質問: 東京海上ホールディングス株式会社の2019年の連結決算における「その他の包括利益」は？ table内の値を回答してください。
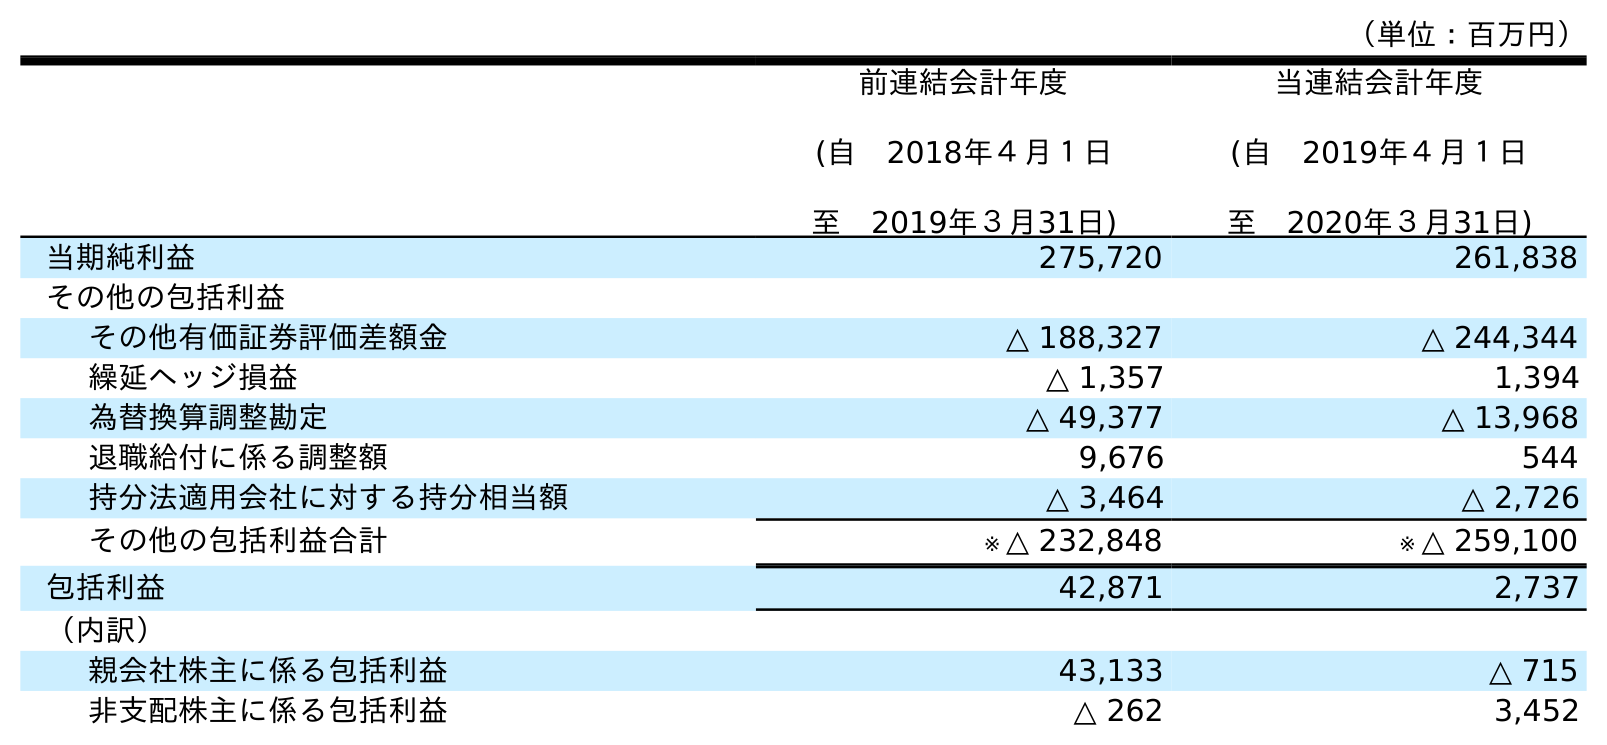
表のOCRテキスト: （単位：百万円） 前連結会計年度 (自 2018年４月１日 至 2019年３月31日) 当連結会計年度 (自 2019年４月１日 至 2020年３月31日) 当期純利益 275,720 261,838 その他の包括利益 その他有価証券評価差額金 △ 188,327 △ 244,344 繰延ヘッジ損益 △ 1,357 1,394 為替換算調整勘定 △ 49,377 △ 13,968 退職給付に係る調整額 9,676 544 持分法適用会社に対する持分相当額 △ 3,464 △ 2,726 その他の包括利益合計 ※ △ 232,848 ※ △ 259,100 包括利益 42,871 2,737 （内訳） 親会社株主に係る包括利益 43,133 △ 715 非支配株主に係る包括利益 △ 262 3,452
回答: ※△232,848